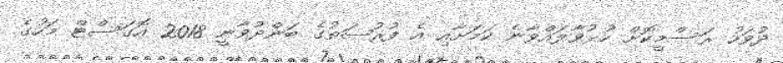
ދުވަހު ރަސްމީކޮށް ހުޅުވާލައްވާނެ ކަމަށާއި އެ ފުރުޞަތުގެ ބަންދުވާނީ 2018 އޮގަސްޓް މަހުގެ